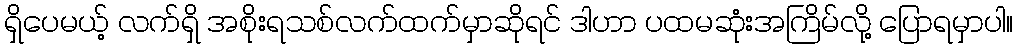
ရှိပေမယ့် လက်ရှိ အစိုးရသစ်လက်ထက်မှာဆိုရင် ဒါဟာ ပထမဆုံးအကြိမ်လို့ ပြောရမှာပါ။